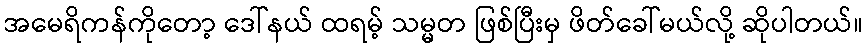
အမေရိကန်ကိုတော့ ဒေါ်နယ် ထရမ့် သမ္မတ ဖြစ်ပြီးမှ ဖိတ်ခေါ်မယ်လို့ ဆိုပါတယ်။